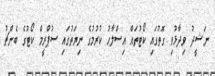
ނަޝީދު ވިދާޅުވި ގޮތުގައި ކޯޓުތައް އިސްލާހު ކުރުމުގެ ނިޔަތުގައި ސުޕްރީމް ކޯޓުގެ ބެންޗު